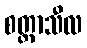
စတ္တာသီလ